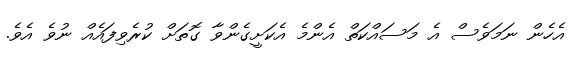
އެހެން ނަމަވެސް އެ މަސައްކަތް އެންމެ އެކަށީގެންވާ ގޮތަށް ކުރެވިފައެއް ނުވެ އެވެ.